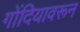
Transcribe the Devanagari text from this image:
गोंदियावरून